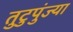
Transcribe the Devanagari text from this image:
तुटुपुंज्या